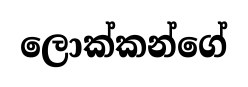
ලොක්කන්ගේ